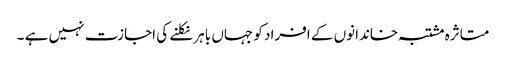
متاثرہ مشتبہ خاندانوں کے افراد کو جہاں باہر نکلنے کی اجازت نہیں ہے ۔